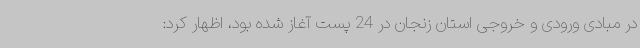
در مبادی ورودی و خروجی استان زنجان در 24 پست آغاز شده بود، اظهار کرد: